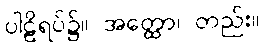
ပါဠိရပ်၌။ အတ္ထော၊ တည်း။